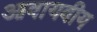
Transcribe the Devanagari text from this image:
आवायवीय